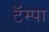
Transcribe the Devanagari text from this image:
टॅम्पा